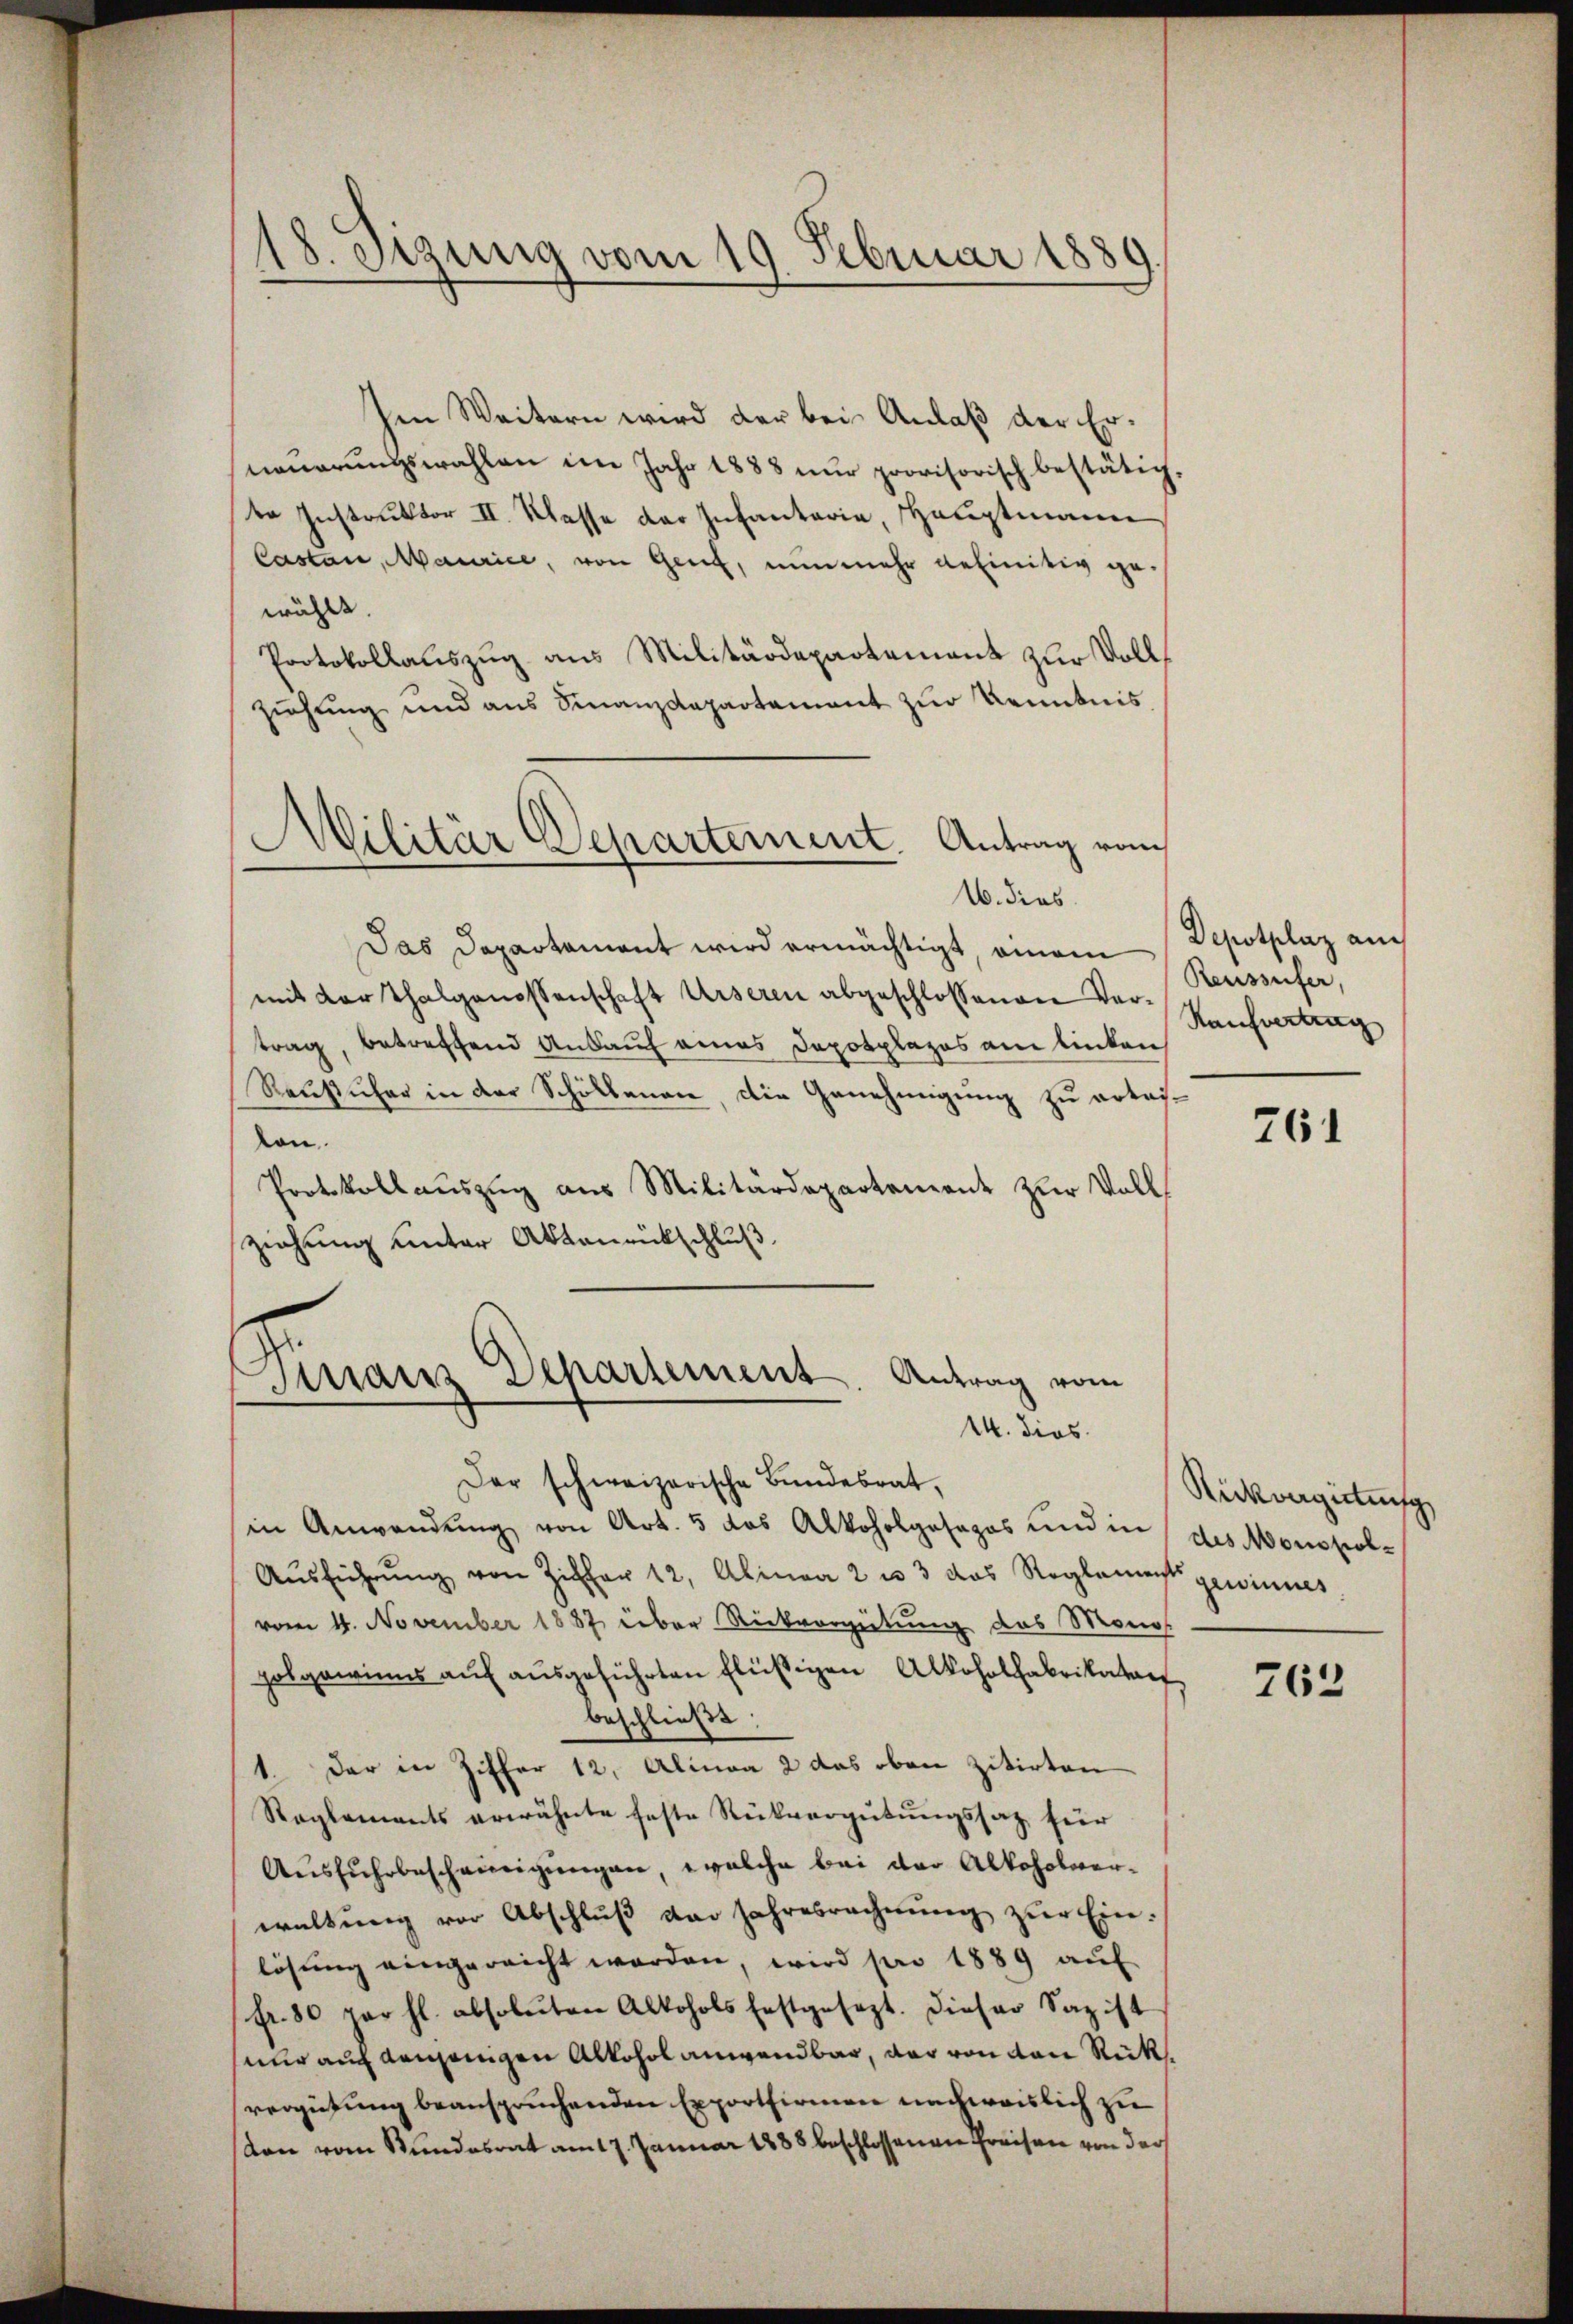
18. Sizung vom 19. Februar 1889
e

hen Weitern wird der bei Anlaß der Erneuerungswahlen im Jahr 1888 nur provisorisch bestätigte Instruktor II. Klasse der Infantaria, Hauptmann
Castan, Maurice, von Genf, nunmehr definitiv ge-
wählt.
Protokollauszug aus Militärdepartement zur Vollziehung und aus Finanzdepartement zur Kenntnis
Militär Departement. Antrag vom

16. dies

Das Departement wird ermächtigt, einem
mit der Thalgenossenschaft Urseren abgeschlossenen Vertrag, betreffend Ankauf eines Dopotplazos am linken
Rauscher in der Schölbauen, die Genehmigung zu ertaivon.
Protokollauszug aus Militärdepartement zur Vollziehung unter Aktenrückschluß

Finanz Departement. Antrag vom
14. dies

Der schweizerische Bundesrat,
in Anwendŭng von Art. 5 das Alkoholgosapos und in
Aŭsführŭng von Ziffer 12, Alinea 2 u 3 das Reglement gewinnes.
vom 4. November 1887 über Rückvergütung das Monos
polgewinns aŭf aŭsgeführten Flüssigen Alkoholfabrikaten,
beschließt:
1. Der in Ziffer 12. Alinea 2 das oben zitirten
Reglements erwähnte feste Rückvergütungssatz für
Aŭsfŭhrbescheinigŭngen, welche bei der Alkoholverwaltŭng vor Abschlŭβ der Jahresrechnŭng zŭr Einlösung eingereicht worden, wird pro 1889 auf
fr. 30 par hl. absoleiten Alkohols festgesezt. Dieser Sagist
nur auf denjenigen Alkohol anwendbar, der von von Rückvergütung beanspruchenden Exportirmen nachweislich zu
don vom Stundesrat am 17. Januar 1888 beschlossenen Preisen von der

Depotplaz auch
Reussufer,
Kaufvertrag

761

Rückvergittung
des Monopol¬

763